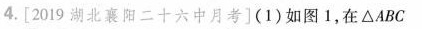
4.[2019湖北襄阳二十六中月考](1)如图1，在△ABC